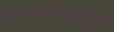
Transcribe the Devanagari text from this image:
कमस्पंदनता